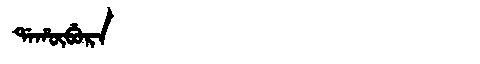
Manchu: ᡩᠠᡥᡡᠪᡠᡵᠠ
Romanization: DAHŪBURA